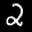
Label: 2